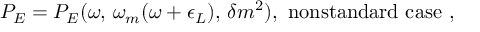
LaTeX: P _ { E } = P _ { E } ( \omega , \, \omega _ { m } ( \omega + \epsilon _ { L } ) , \, \delta m ^ { 2 } ) , \ \mathrm { n o n s t a n d a r d \ c a s e } \ ,